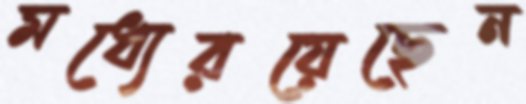
মধ্যেরয়েছেন